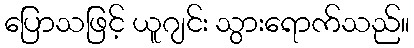
ပြောသဖြင့် ယူဂျင်း သွားရောက်သည်။